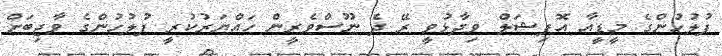
ފުލުހުންގެ މީޑީއާ އޮފިޝަލް ވިދާޅުވީ ރޭ ދެ ނޫސްވެރީން ހައްޔަރުކުރީ ފުލުހުންގެ ވާޖިބަށް